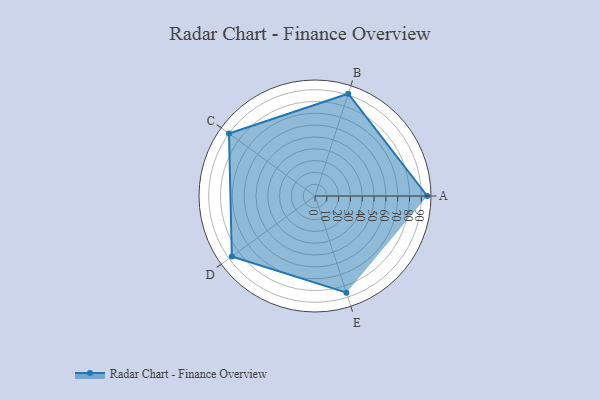
{"axis": {"x": "Skill", "y": "Score"}, "legend": ["Profile"], "data": [{"x": "A", "y": 95.0, "type": "Profile"}, {"x": "B", "y": 91.0, "type": "Profile"}, {"x": "C", "y": 90.0, "type": "Profile"}, {"x": "D", "y": 87.0, "type": "Profile"}, {"x": "E", "y": 86.0, "type": "Profile"}]}